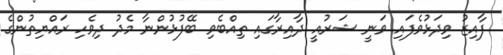
ފާއިޒު ވިދަޅުވެފައި ވަނީ ޝަރުއީ ދާއިރާގައި ތިއްބެވި ބޭފުޅުންނާ މެދު ދިވެހި ރައްޔިތުންގެ